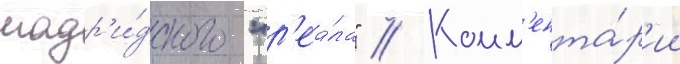
мадр'и́дского "р'еа́ла" // Комм'ента́р'ии